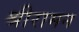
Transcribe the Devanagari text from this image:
श्रीरामन